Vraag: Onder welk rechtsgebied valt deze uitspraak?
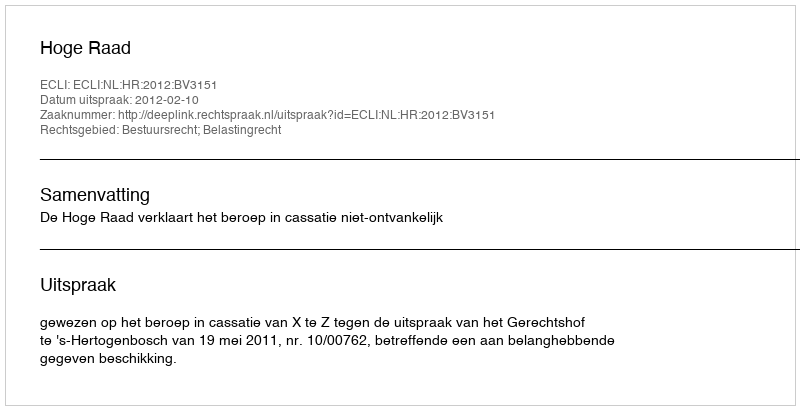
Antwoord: Bestuursrecht; Belastingrecht